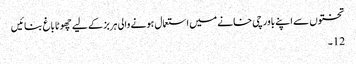
تختوں سے اپنے باورچی خانے میں استعمال ہونے والی ہربز کے لیے چھوٹا باغ بنائیں
12۔